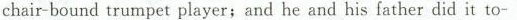
chair-bound trumpet player; and he and his father did it to-